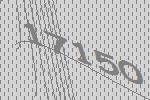
17150